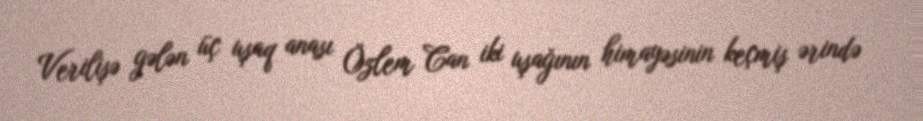
Verilişə gələn üç uşaq anası Özlem Can iki uşağının himayəsinin keçmiş ərində